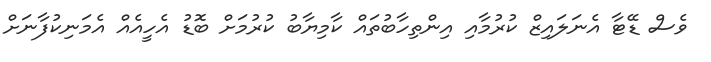
ވެސް ޑޭޓާ އެނަލައިޒް ކުރުމާއި އިންތިހާބުތައް ކާމިޔާބު ކުރުމަށް ބޮޑު އެހީއެއް އެމަނިކުފާނަށް